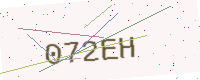
Text: 072EH